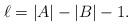
LaTeX: \begin{align*}\ell=|A|-|B|-1.\end{align*}